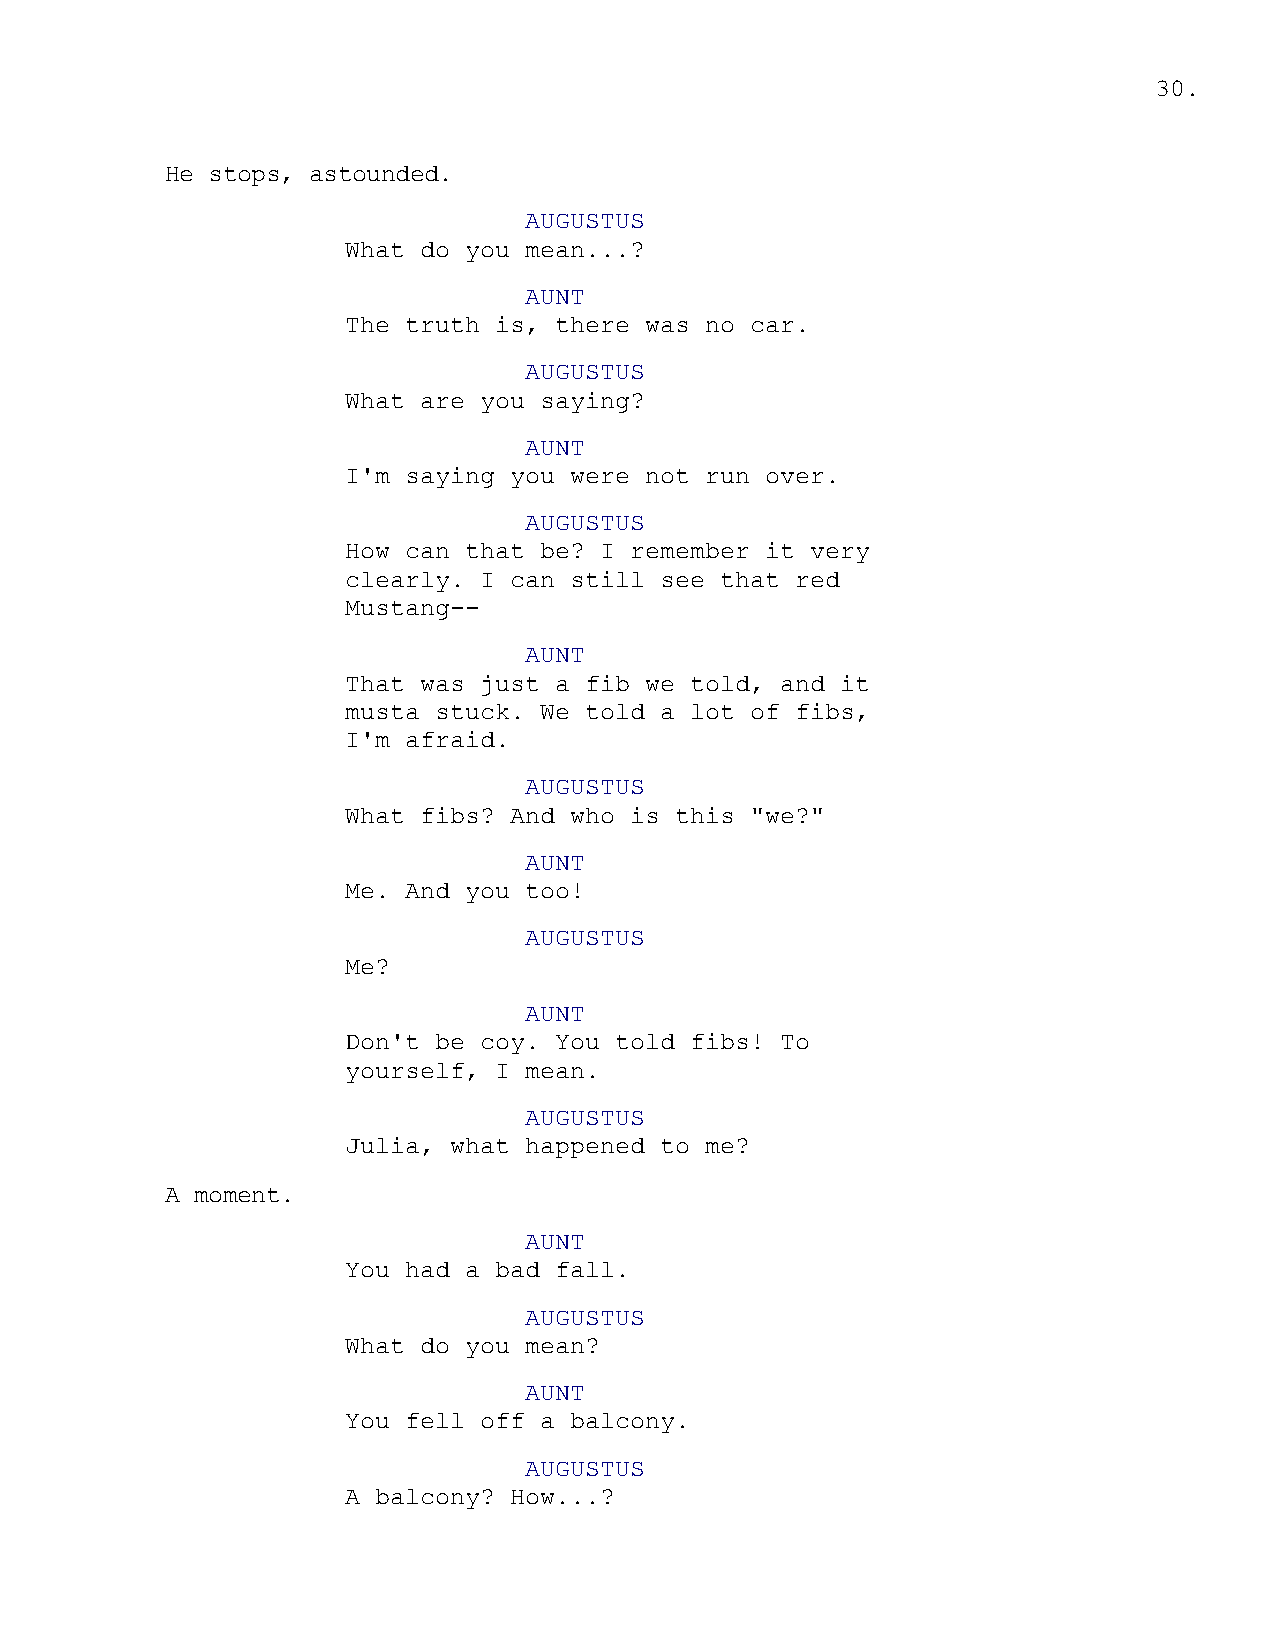
30.
 He stops, astounded.
 AUGUSTUS
 What do you mean...?
 AUNT
 The truth is, there was no car.
 AUGUSTUS
 What are you saying?
 AUNT
 I'm saying you were not run over.
 AUGUSTUS
 How can that be? I remember it very
 clearly. I can still see that red
 Mustang--
 AUNT
 That was just a fib we told, and it
 musta stuck. We told a lot of fibs,
 I'm afraid.
 AUGUSTUS
 What fibs? And who is this "we?"
 AUNT
 Me. And you too!
 AUGUSTUS
 Me?
 AUNT
 Don't be coy. You told fibs! To
 yourself, I mean.
 AUGUSTUS
 Julia, what happened to me?
 A moment.
 AUNT
 You had a bad fall.
 AUGUSTUS
 What do you mean?
 AUNT
 You fell off a balcony.
 AUGUSTUS
 A balcony? How...?